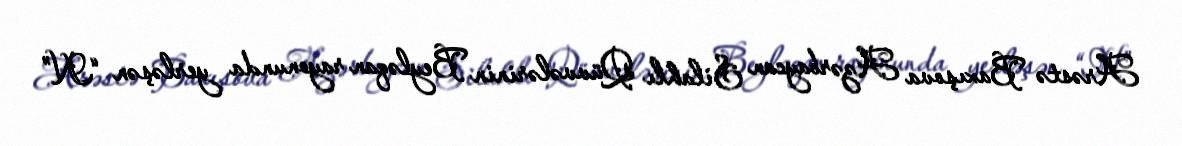
Arəstə Baxışova Azərbaycan Silahlı Qüvvələrinin Beyləqan rayonunda yerləşən “N”